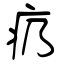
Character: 疓